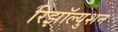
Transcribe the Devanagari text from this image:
रिझॉल्युशन